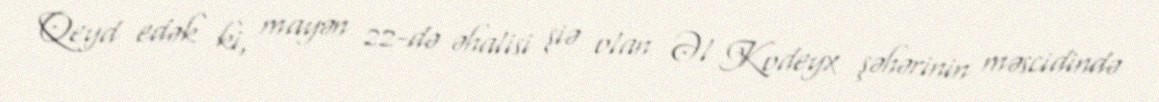
Qeyd edək ki, mayən 22-də əhalisi şiə olan Əl Kodeyx şəhərinin məscidində